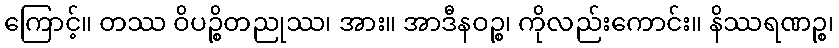
ကြောင့်။ တဿ ဝိပဉ္စိတညုဿ၊ အား။ အာဒီနဝဉ္စ၊ ကိုလည်းကောင်း။ နိဿရဏဉ္စ၊